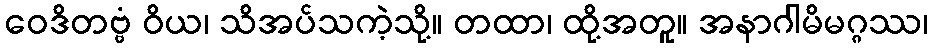
ဝေဒိတဗ္ဗံ ဝိယ၊ သိအပ်သကဲ့သို့။ တထာ၊ ထို့အတူ။ အနာဂါမိမဂ္ဂဿ၊